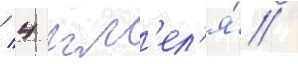
/ 4 шм'ел'я́ /